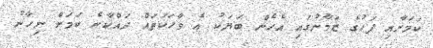
ކަމަށާއި ފަހުގެ ޒަމާނުގައި އެހެން ބަޔަކު އެ ވާހަކަތައް ދައްކާނެ ކަމަށް ނިހާނު